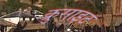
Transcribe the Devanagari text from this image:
क्रुसाइट